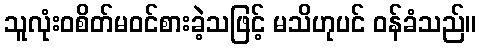
သူလုံးဝစိတ်မဝင်စားခဲ့သဖြင့် မသိဟုပင် ဝန်ခံသည်။